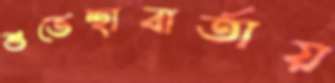
শুভেচ্ছাবার্তায়